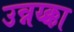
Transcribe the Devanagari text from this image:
उन्नय्क्का